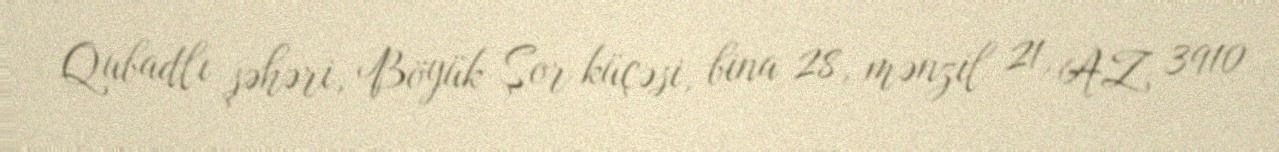
Qubadlı şəhəri, Böyük Şor küçəsi, bina 28, mənzil 21, AZ 3910